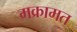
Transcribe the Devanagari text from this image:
मक्रामत